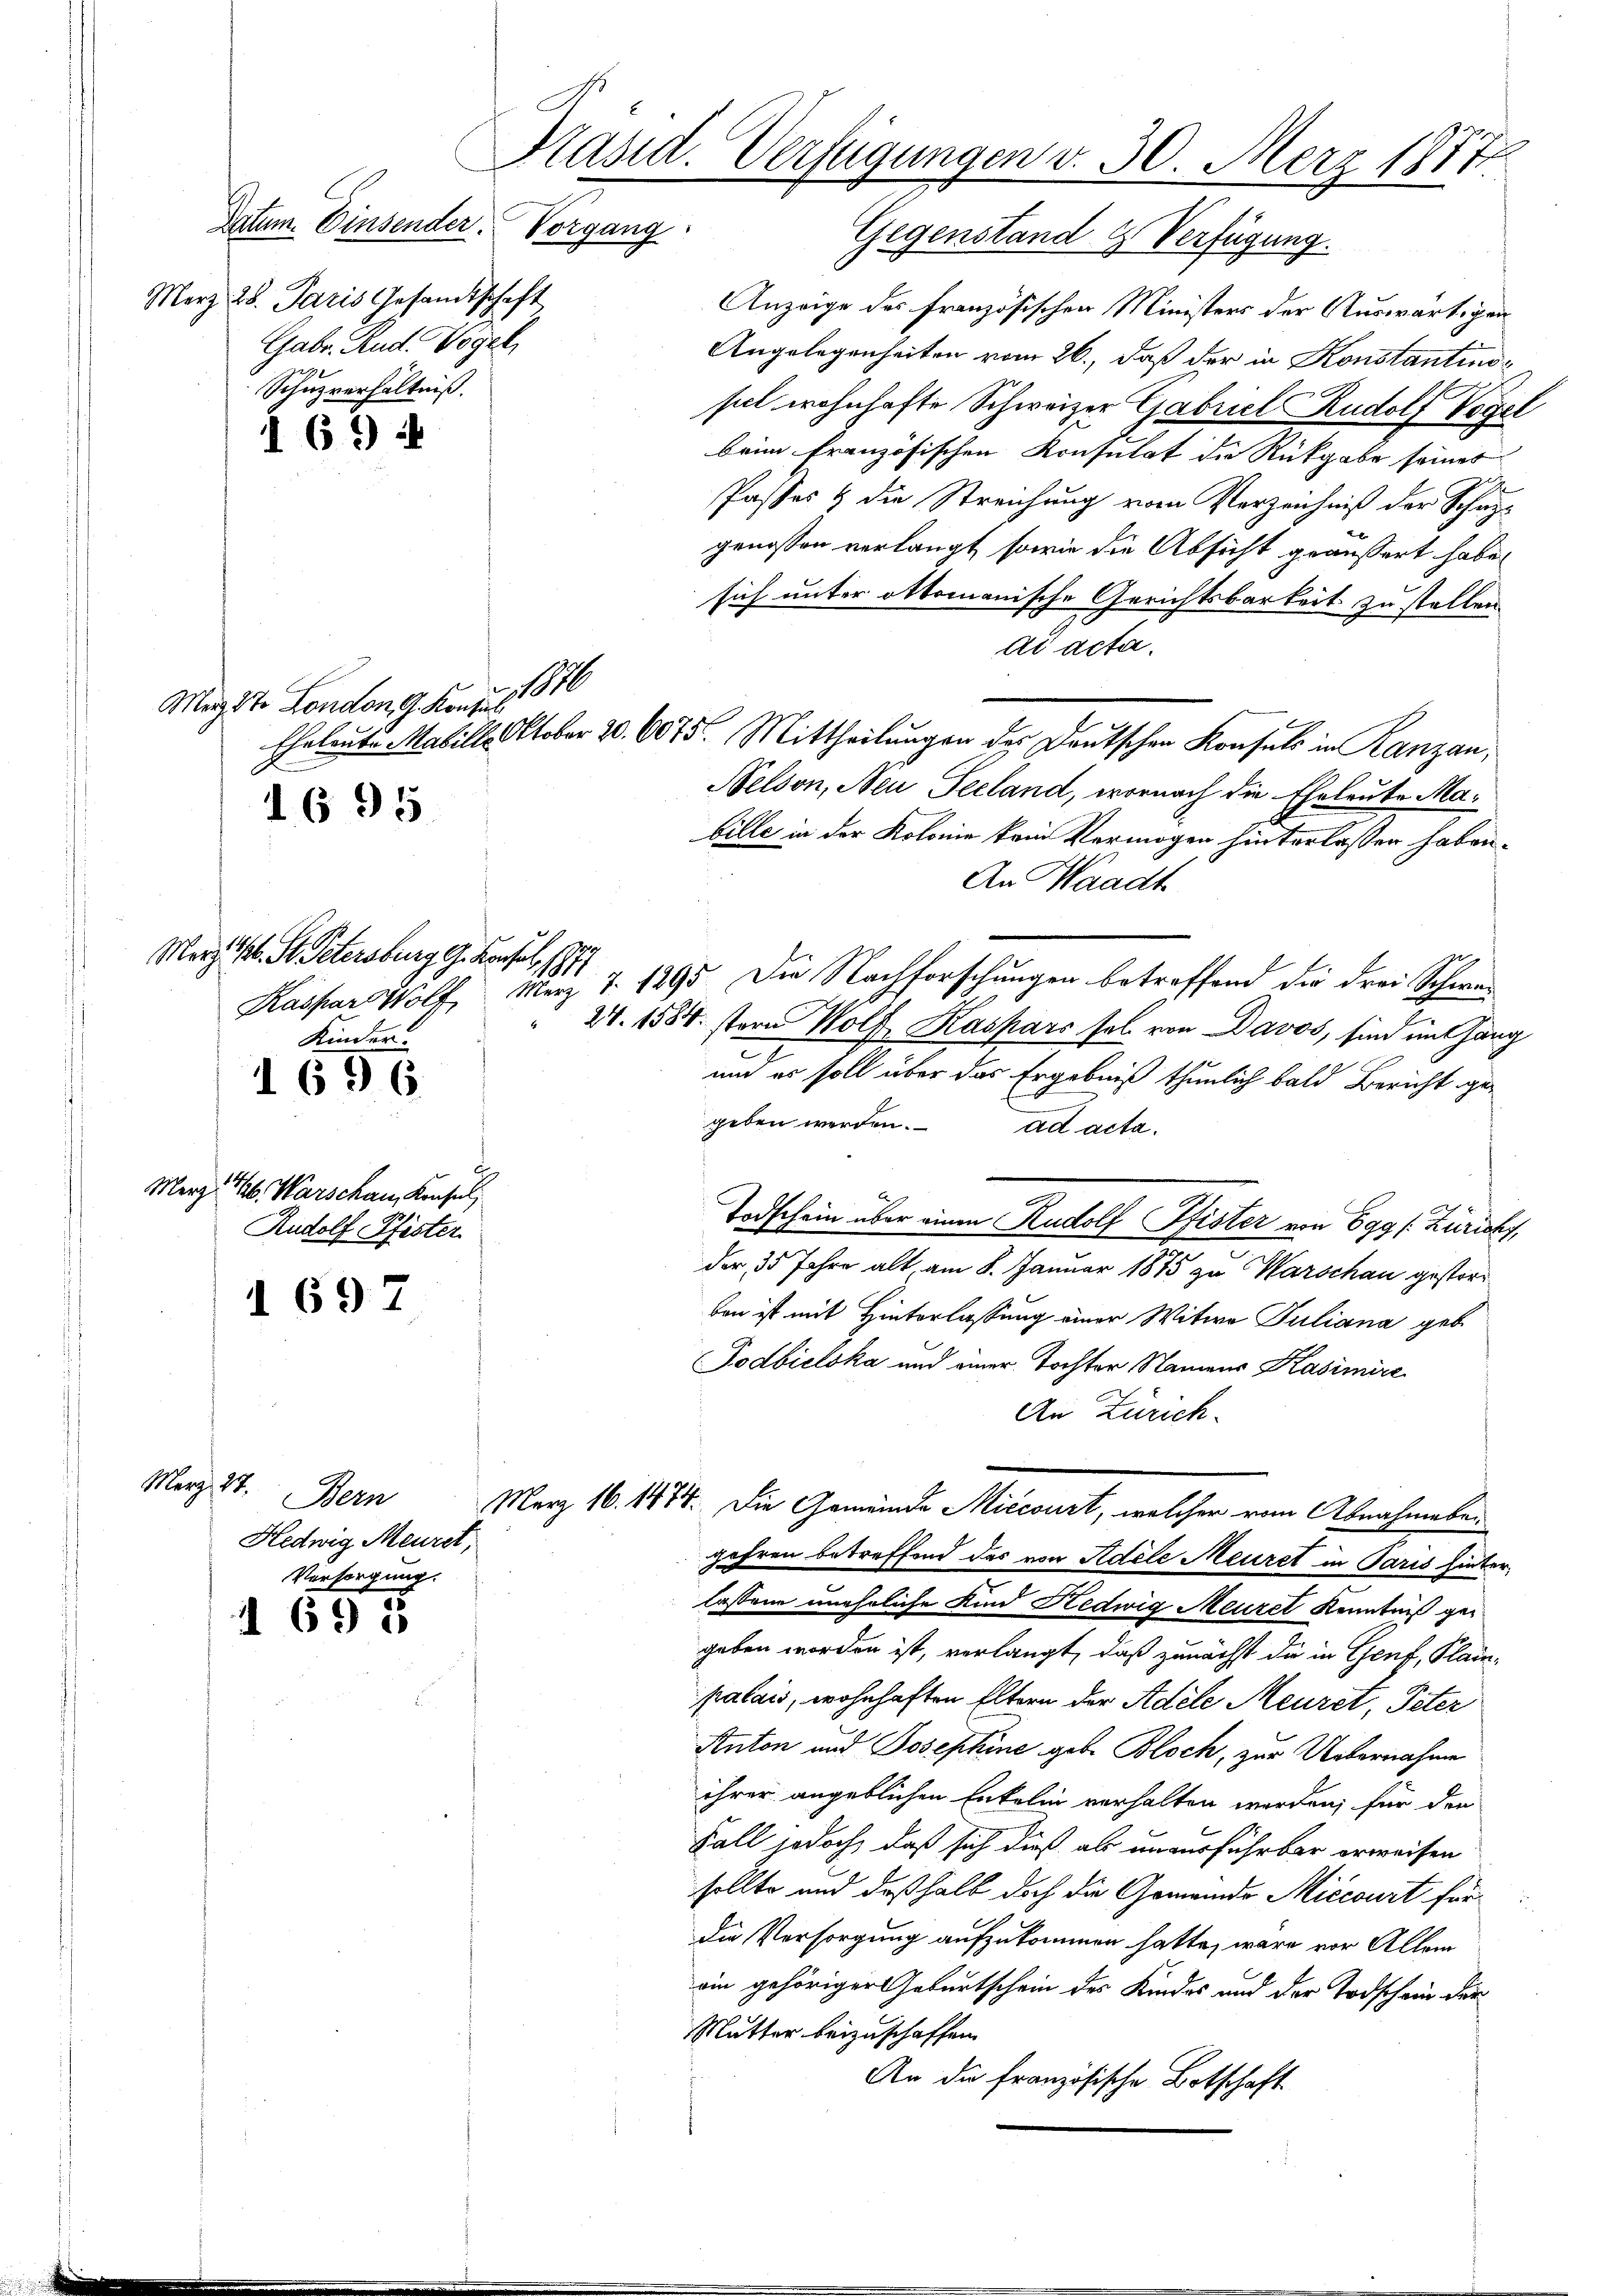
Datum. Einsender. Vorgang
Merz 28. Paris Gesandtschaft
Gabe. Rud. Vogel,
Schuzverhältniß.

Merg. 18.

Magst. London 9. Konzes 1846
1695

¬

h

1

6 *)

März 1. St. Petersburg G. Konsul 1877
Kinder.

1696.

Merz, 146. Warschau, Konsul
Rudolf Pfister

697

Bern
Hedwig Meuret,
Versorgung.

I 695

Präsid. Verfügungen d. 30. Merz 1877

Gegenstand & Verfügung.
Anzeige des französischen Ministers der Auswärtigen
Angelegenheiten vom 26., daß der in Konstantinosel wohnhafte Schweizer Gabriel Rudolf Vogel
beim französischen Konsulat die Rückgabe seines
Passos & die Streichung vom Verzeichniß der Schazgenossen verlangt, sowie die Absicht geäussert habe,
sich unter oktomanische Gerichtsbarkeit zu stellen
ad acta
Nelson, Neu Seeland, wornach die Eheleute Mabille in der Kolonie kein Vermögen hinterlassen haben.
An Waadt
Kaspar Wolf, Merz 7. 1795. Die Nachforschungen betreffend die drei Schwe¬
 27. 1584. stern Wolf Kaspars sel. von Davos, sind im Gang
e
ui es soll über das Ergebniß thunlich bald Bericht gegeben werden. ad acta.
Todschein über einen Rudolf Pfister von 699 f. Züricht,
der 35 Jahre alt, am 8. Januar 1875 zu Warschau gestorben ist mit Hinterlassung einer Witwe Juliana geb
Todbieloka und einer Tochter Namens Kasimire
An Zürich.
März 16. 1474. Die Gemeinde Miccourt, welcher vom Abnahmebei
gehren betreffend des von Adele Meuret in Paris hinterlassene uneheliche Kind Hedwig Meuzel Kenntniß gegeben worden ist, verlangt, daß zunächst die in Genf, Plainpalais, wohnhaften Eltern der Adele Meuret, Peter
Anton und Josephine gebe Bloch, zur Unternahme
ihrer angeblichen Enkelin verhalten werden, für die
Fall jedoch, daß sich dieß als unausführbar erweisen
sollte und deßhalb doch die Gemeinde Miccourt für
die Versorgung aufzukommen hatte, wäre vor Allem
ein gehöriger Geburtschein des Kindes und der Todschein der
Mutter beizuschaffen.
An die französische Botschaft

Eheleute abille October 20. 6075. Mittheilungen des Deutschen Konsuls in Ranzan,